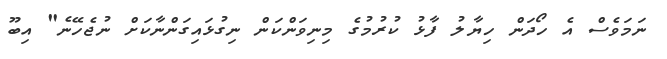
ނަމަވެސް އެ ހޯދަން ހިޔާލު ފާޅު ކުރުމުގެ މިނިވަންކަން ނިގުޅައިގަންނާކަށް ނުޖެހޭނެ" އިބޫ